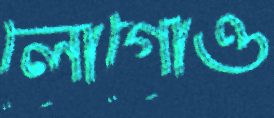
লোগোও